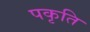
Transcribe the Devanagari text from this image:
पकृति